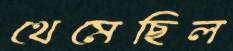
থেমেছিল